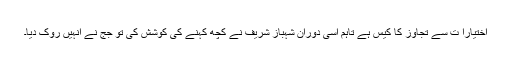
اختیارا ت سے تجاوز کا کیس ہے تاہم اسی دوران شہباز شریف نے کچھ کہنے کی کوشش کی تو جج نے انہیں روک دیا۔